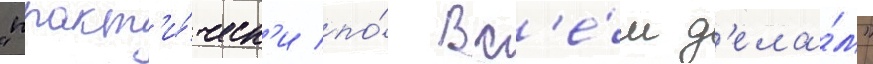
"практ'и́ческ'и по́ вс'е́м д'ела́м"